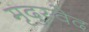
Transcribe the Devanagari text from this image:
मृदुस्वेद